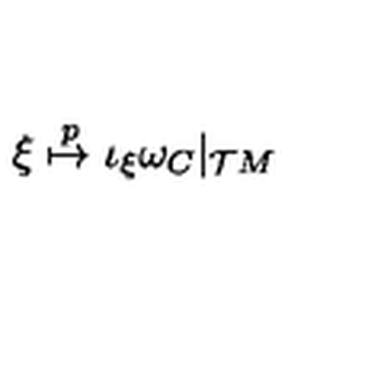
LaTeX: \xi \stackrel { p } { \mapsto } \iota _ { \xi } \omega _ { C } | _ { { \cal T } M }